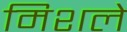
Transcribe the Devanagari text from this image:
मिशले